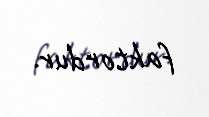
faktordur.